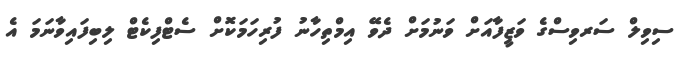
ސިވިލް ސަރވިސްގެ ވަޒީފާއަށް ވަނުމަށް ދެވޭ އިމްތިހާނު ފުރިހަމަކޮށް ސެޓްފިކެޓް ލިބިފައިވާނަމަ އެ